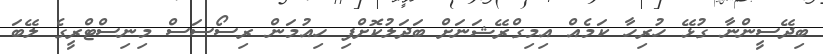
ބިދޭސީންނާ ގުޅޭ ހުރިހާ ކަމެއް އިމިގްރޭޝަނަށް ބަދަލުކޮށްފި ހިއުމަން ރިސޯސަސް މިނިސްޓްރީގެ ލޭބަ